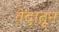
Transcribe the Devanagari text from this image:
वेदातून